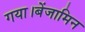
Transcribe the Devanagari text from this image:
गया।बेंजामिन